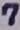
Text: 7